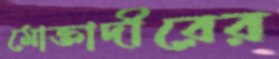
মোক্তাদীরের